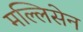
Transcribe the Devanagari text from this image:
मल्लिसेन